Indian journal of veterinary science and animal husbandry - Volume 13,
Year: 1943
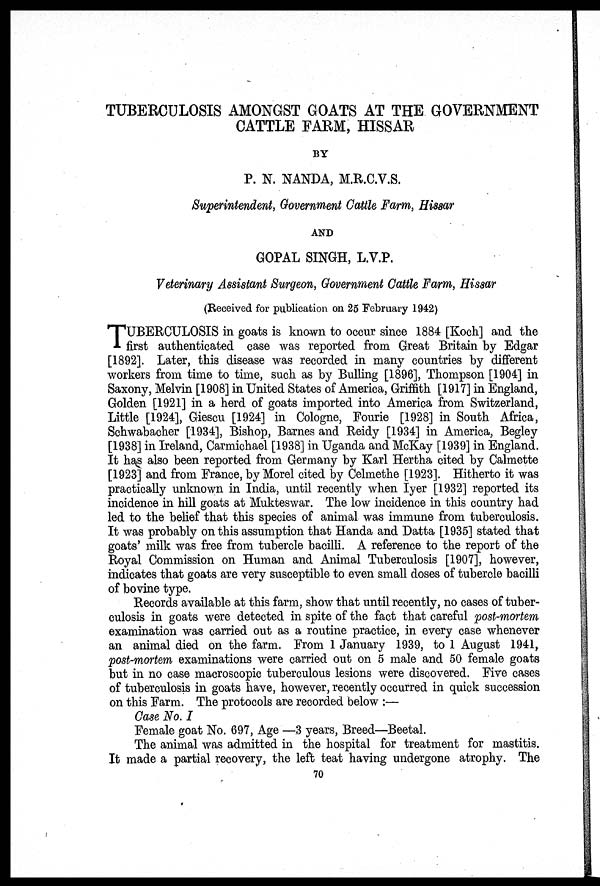
TUBERCULOSIS AMONGST GOATS AT THE GOVERNMENT
CATTLE FARM, HISSAR
BY
P. N. NANDA, M.R.C.V.S.
Superintendent, Government Cattle Farm, Hissar
AND
GOPAL SINGH, L.V.P.
Veterinary Assistant Surgeon, Government Cattle Farm, Hissar
(Received for publication on 25 February 1942)
T UBERCULOSIS in goats is known to occur since 1884 [Koch] and the
first authenticated case was reported from Great Britain by Edgar
[1892]. Later, this disease was recorded in many countries by different
workers from time to time, such as by Bulling [1896], Thompson [1904] in
Saxony, Melvin [1908] in United States of America, Griffith [1917] in England,
Golden [1921] in a herd of goats imported into America from Switzerland,
Little [1924], Giescu [1924] in Cologne, Fourie [1928] in South Africa,
Schwabacher [1934], Bishop, Barnes and Reidy [1934] in America, Begley
[1938] in Ireland, Carmichael [1938] in Uganda and McKay [1939] in England.
It has also been reported from Germany by Karl Hertha cited by Calmette
[1923] and from France, by Morel cited by Celmethe [1923]. Hitherto it was
practically unknown in India, until recently when Iyer [1932] reported its
incidence in hill goats at Mukteswar. The low incidence in this country had
led to the belief that this species of animal was immune from tuberculosis.
It was probably on this assumption that Handa and Datta [1935] stated that
goats' milk was free from tubercle bacilli. A reference to the report of the
Royal Commission on Human and Animal Tuberculosis [1907], however,
indicates that goats are very susceptible to even small doses of tubercle bacilli
of bovine type.
Records available at this farm, show that until recently, no cases of tuber-
culosis in goats were detected in spite of the fact that careful post-mortem
examination was carried out as a routine practice, in every case whenever
an animal died on the farm. From 1 January 1939, to 1 August 1941,
post-mortem examinations were carried out on 5 male and 50 female goats
but in no case macroscopic tuberculous lesions were discovered. Five cases
of tuberculosis in goats have, however, recently occurred in quick succession
on this Farm. The protocols are recorded below :—
Case No. I
Female goat No. 697, Age —3 years, Breed—Beetal.
The animal was admitted in the hospital for treatment for mastitis.
It made a partial recovery, the left teat having undergone atrophy. The
70